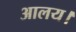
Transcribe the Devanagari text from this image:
आलय।